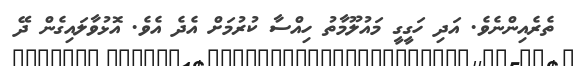
ތެރެއިންނެވެ. އަދި ހަގީގީ މައުލޫމާތު ހިއްސާ ކުރުމަށް އެދެ އެވެ. އޮޅުވާލައިގެން ދޭ